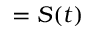
= S ( t )